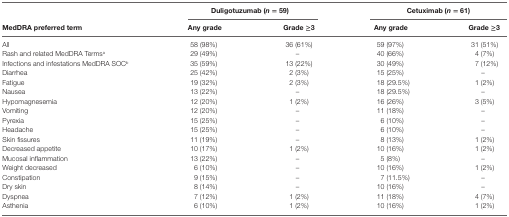
<table><thead><tr><td></td><td colspan="2"><b>Duligotuzumab (<i>n</i> = 59)</b></td><td colspan="2"><b>Cetuximab (<i>n</i> = 61)</b></td></tr><tr><td><b>MedDRA preferred term</b></td><td><b>Any grade</b></td><td><b>Grade ≥3</b></td><td><b>Any grade</b></td><td><b>Grade ≥3</b></td></tr></thead><tbody><tr><td>All</td><td>58 (98%)</td><td>36 (61%)</td><td>59 (97%)</td><td>31 (51%)</td></tr><tr><td>Rash and related MedDRA Terms<sup>a</sup></td><td>29 (49%)</td><td>–</td><td>40 (66%)</td><td>4 (7%)</td></tr><tr><td>Infections and infestations MedDRA SOC<sup>b</sup></td><td>35 (59%)</td><td>13 (22%)</td><td>30 (49%)</td><td>7 (12%)</td></tr><tr><td>Diarrhea</td><td>25 (42%)</td><td>2 (3%)</td><td>15 (25%)</td><td>–</td></tr><tr><td>Fatigue</td><td>19 (32%)</td><td>2 (3%)</td><td>18 (29.5%)</td><td>1 (2%)</td></tr><tr><td>Nausea</td><td>13 (22%)</td><td>–</td><td>18 (29.5%)</td><td>–</td></tr><tr><td>Hypomagnesemia</td><td>12 (20%)</td><td>1 (2%)</td><td>16 (26%)</td><td>3 (5%)</td></tr><tr><td>Vomiting</td><td>12 (20%)</td><td>–</td><td>11 (18%)</td><td>–</td></tr><tr><td>Pyrexia</td><td>15 (25%)</td><td>–</td><td>6 (10%)</td><td>–</td></tr><tr><td>Headache</td><td>15 (25%)</td><td>–</td><td>6 (10%)</td><td>–</td></tr><tr><td>Skin fissures</td><td>11 (19%)</td><td>–</td><td>8 (13%)</td><td>1 (2%)</td></tr><tr><td>Decreased appetite</td><td>10 (17%)</td><td>1 (2%)</td><td>10 (16%)</td><td>1 (2%)</td></tr><tr><td>Mucosal inflammation</td><td>13 (22%)</td><td>–</td><td>5 (8%)</td><td>–</td></tr><tr><td>Weight decreased</td><td>6 (10%)</td><td>–</td><td>10 (16%)</td><td>1 (2%)</td></tr><tr><td>Constipation</td><td>9 (15%)</td><td>–</td><td>7 (11.5%)</td><td>–</td></tr><tr><td>Dry skin</td><td>8 (14%)</td><td>–</td><td>10 (16%)</td><td>–</td></tr><tr><td>Dyspnea</td><td>7 (12%)</td><td>1 (2%)</td><td>11 (18%)</td><td>4 (7%)</td></tr><tr><td>Asthenia</td><td>6 (10%)</td><td>1 (2%)</td><td>10 (16%)</td><td>1 (2%)</td></tr></tbody></table>